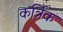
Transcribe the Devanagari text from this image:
कर्त्रिक